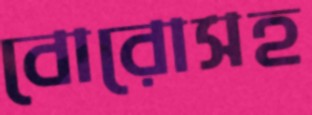
বোরোসহ